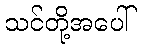
သင်တို့အပေါ်